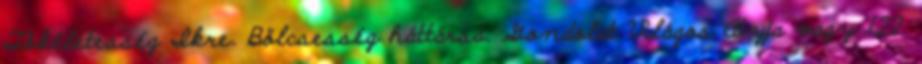
Tökéletesség Ikre. Bölcsesség háttársa. Gondolat Világos Atyja vagy 122.